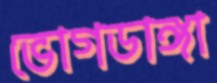
ভোগডাঙ্গা